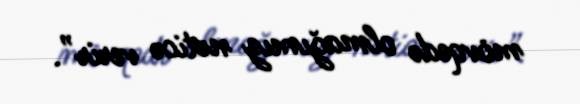
mövqedə olmağımız nəticə verir”.